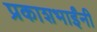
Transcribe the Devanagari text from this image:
प्रकाशभाईंनी